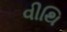
વીથિ